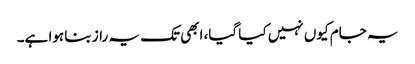
یہ جام کیوں نہیں کیا گیا، ابھی تک یہ راز بنا ہوا ہے۔